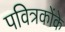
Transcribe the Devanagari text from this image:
पवित्रकोंके